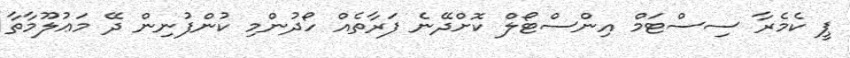
ޕީ ކެމެރާ ސިސްޓަމް އިންސްޓޯލް ކޮށްދޭނެ ފަރާތެއް ހޯދުންމި ކުންފުނިން ދޭ މަޢުލޫމާތާ